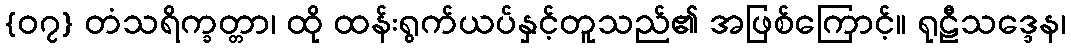
{၀၇} တံသရိက္ခတ္တာ၊ ထို ထန်းရွက်ယပ်နှင့်တူသည်၏ အဖြစ်ကြောင့်။ ရုဠီသဒ္ဒေန၊